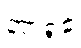
အာရုံခံ